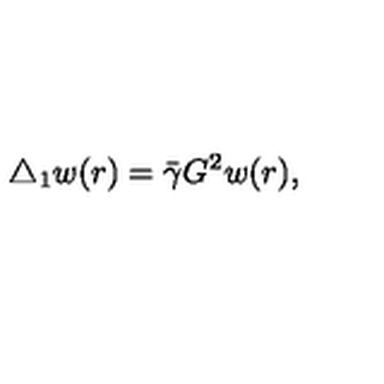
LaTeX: \triangle _ { 1 } w ( r ) = \bar { \gamma } G ^ { 2 } w ( r ) ,